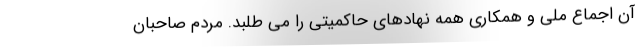
آن اجماع ملی و همکاری همه نهادهای حاکمیتی را می طلبد. مردم صاحبان